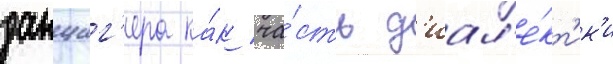
данциг'ера ка́к ча́сть д'иал'е́кт'ик'и